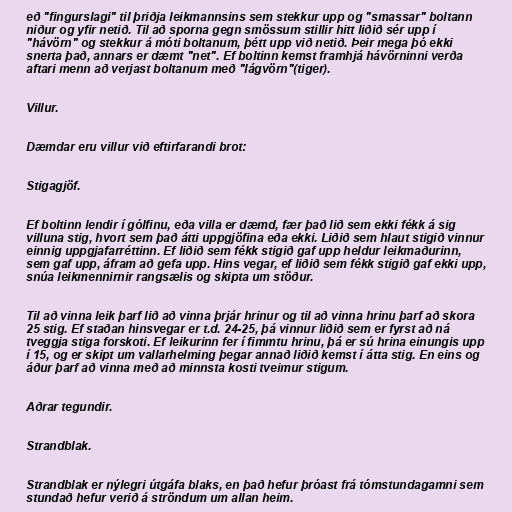
eð "fingurslagi" til þriðja leikmannsins sem stekkur upp og "smassar" boltann
niður og yfir netið. Til að sporna gegn smössum stillir hitt liðið sér upp í
"hávörn" og stekkur á móti boltanum, þétt upp við netið. Þeir mega þó ekki
snerta það, annars er dæmt "net". Ef boltinn kemst framhjá hávörninni verða
aftari menn að verjast boltanum með "lágvörn"(tiger).

Villur.

Dæmdar eru villur við eftirfarandi brot:

Stigagjöf.

Ef boltinn lendir í gólfinu, eða villa er dæmd, fær það lið sem ekki fékk á sig
villuna stig, hvort sem það átti uppgjöfina eða ekki. Liðið sem hlaut stigið vinnur
einnig uppgjafarréttinn. Ef liðið sem fékk stigið gaf upp heldur leikmaðurinn,
sem gaf upp, áfram að gefa upp. Hins vegar, ef liðið sem fékk stigið gaf ekki upp,
snúa leikmennirnir rangsælis og skipta um stöður.

Til að vinna leik þarf lið að vinna þrjár hrinur og til að vinna hrinu þarf að skora
25 stig. Ef staðan hinsvegar er t.d. 24-25, þá vinnur liðið sem er fyrst að ná
tveggja stiga forskoti. Ef leikurinn fer í fimmtu hrinu, þá er sú hrina einungis upp
í 15, og er skipt um vallarhelming þegar annað liðið kemst í átta stig. En eins og
áður þarf að vinna með að minnsta kosti tveimur stigum.

Aðrar tegundir.

Strandblak.

Strandblak er nýlegri útgáfa blaks, en það hefur þróast frá tómstundagamni sem
stundað hefur verið á ströndum um allan heim.